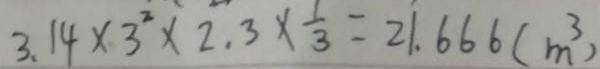
3 . 1 4 \times 3 ^ { 2 } \times 2 . 3 \times \frac { 1 } { 3 } = 2 1 . 6 6 6 ( m ^ { 3 } )